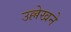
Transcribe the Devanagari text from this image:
उल्लेखने